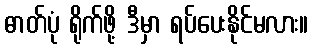
ဓာတ်ပုံ ရိုက်ဖို့ ဒီမှာ ရပ်ပေးနိုင်မလား။